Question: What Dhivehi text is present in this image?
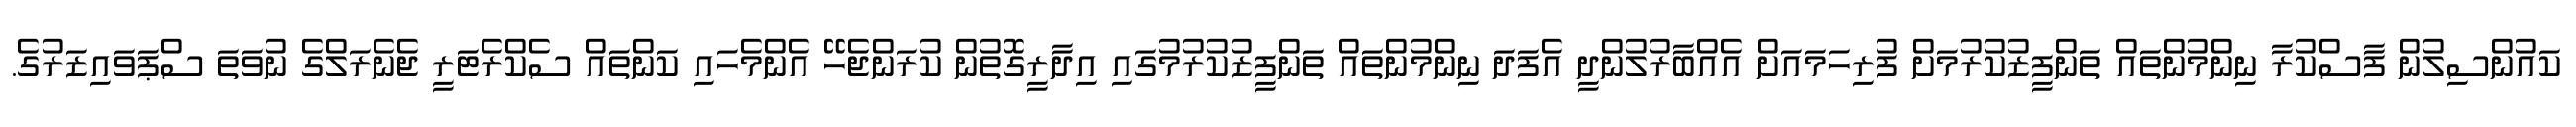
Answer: ކައުންސިލުން ފާސްކުރާ ނިންމުންތައް ތަންފީޒުކުރުމަށް ފުރިހަމައަށް އެއްބާރުލުންދީ އެފަދަ ނިންމުންތައް ތަންފީޒުކުރުމުގައި އިދާރީގޮތުން ކުރަންޖެހޭ އެންމެހައި ކަންތައް ސެކްރެޓަރީ ޖެނެރަލްގެ ނުވަތަ ސްޕަވައިޒަރުގެ.